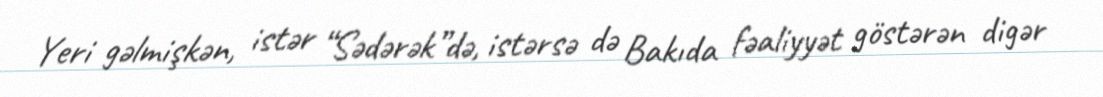
Yeri gəlmişkən, istər “Sədərək”də, istərsə də Bakıda fəaliyyət göstərən digər